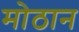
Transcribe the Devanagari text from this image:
मोठान